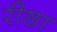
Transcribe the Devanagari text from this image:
रीछा